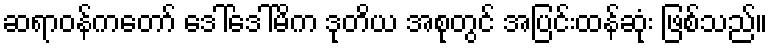
ဆရာဝန်ကတော် ဒေါ်ဒေါ်မိက ဒုတိယ အစုတွင် အပြင်းထန်ဆုံး ဖြစ်သည်။